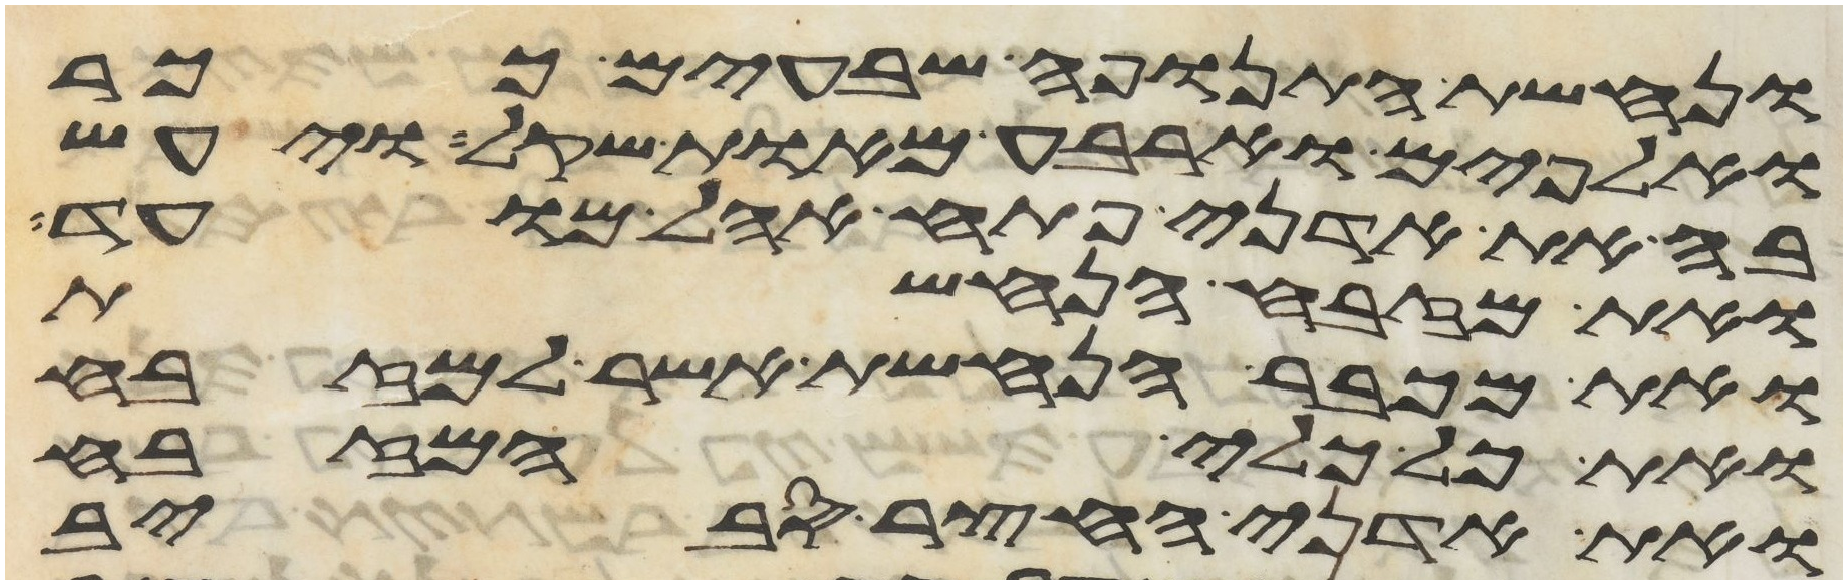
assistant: ונחשת התנופה שבעים ככר
ואלפים וארבע מאות שקל ויעש
בה את אדני פתח אהל מועד
ואת מזבח הנחשת
ואת מכבר הנחשת אשר למזבח
ואת כל כלי המזבח
ואת אדני החצר סביב